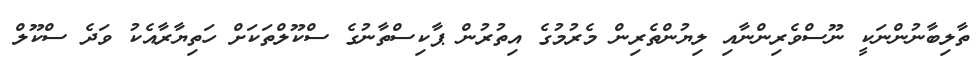
ތާލިބާނުންނަކީ ނޫސްވެރިންނާއި ލިޔުންތެރިން މެރުމުގެ އިތުރުން ޕާކިސްތާނުގެ ސްކޫލްތަކަށް ހަތިޔާރާއެކު ވަދެ ސްކޫލް